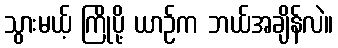
သွားမယ့် ကြိုပို့ ယာဉ်က ဘယ်အချိန်လဲ။